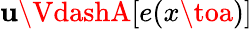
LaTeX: \mathbf{u}\VdashA[e(x\toa)]